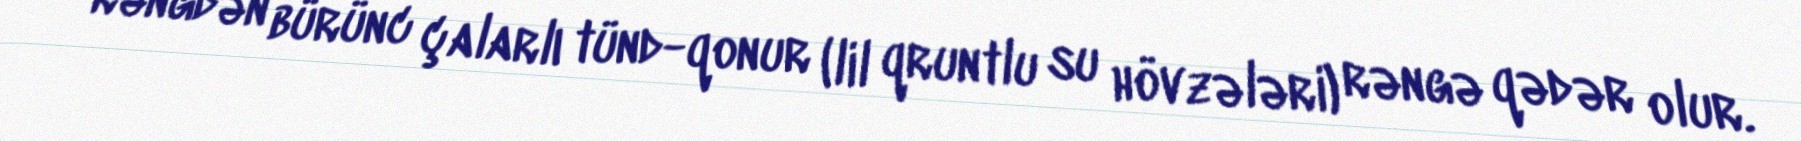
rəngdən bürünc çalarlı tünd-qonur (lil qruntlu su hövzələri) rəngə qədər olur.